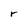
Character: r